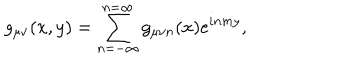
g _ { \mu \nu } ( x , y ) = \sum _ { n = - \infty } ^ { n = \infty } g _ { \mu \nu n } ( x ) e ^ { i n m y } ,